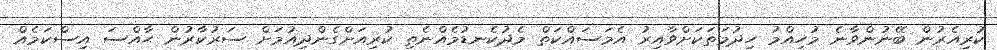
ކުރިއެރުން ބޭނުންވާނެ މުހިއްމު ހިދުމަތަކަށްވާއިރު އެމަސައްކަތް މެދުކެނޑުމެއްނެތި ކުރިއަށްގެންދިއުމަށް ސަރުކާރުން ޙާއްސަ އިސްކަމެއް